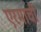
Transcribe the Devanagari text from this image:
एरमाची